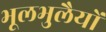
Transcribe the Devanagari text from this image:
भूलभुलैयों